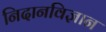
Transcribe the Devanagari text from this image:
निदानविज्ञान